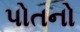
પોતનો